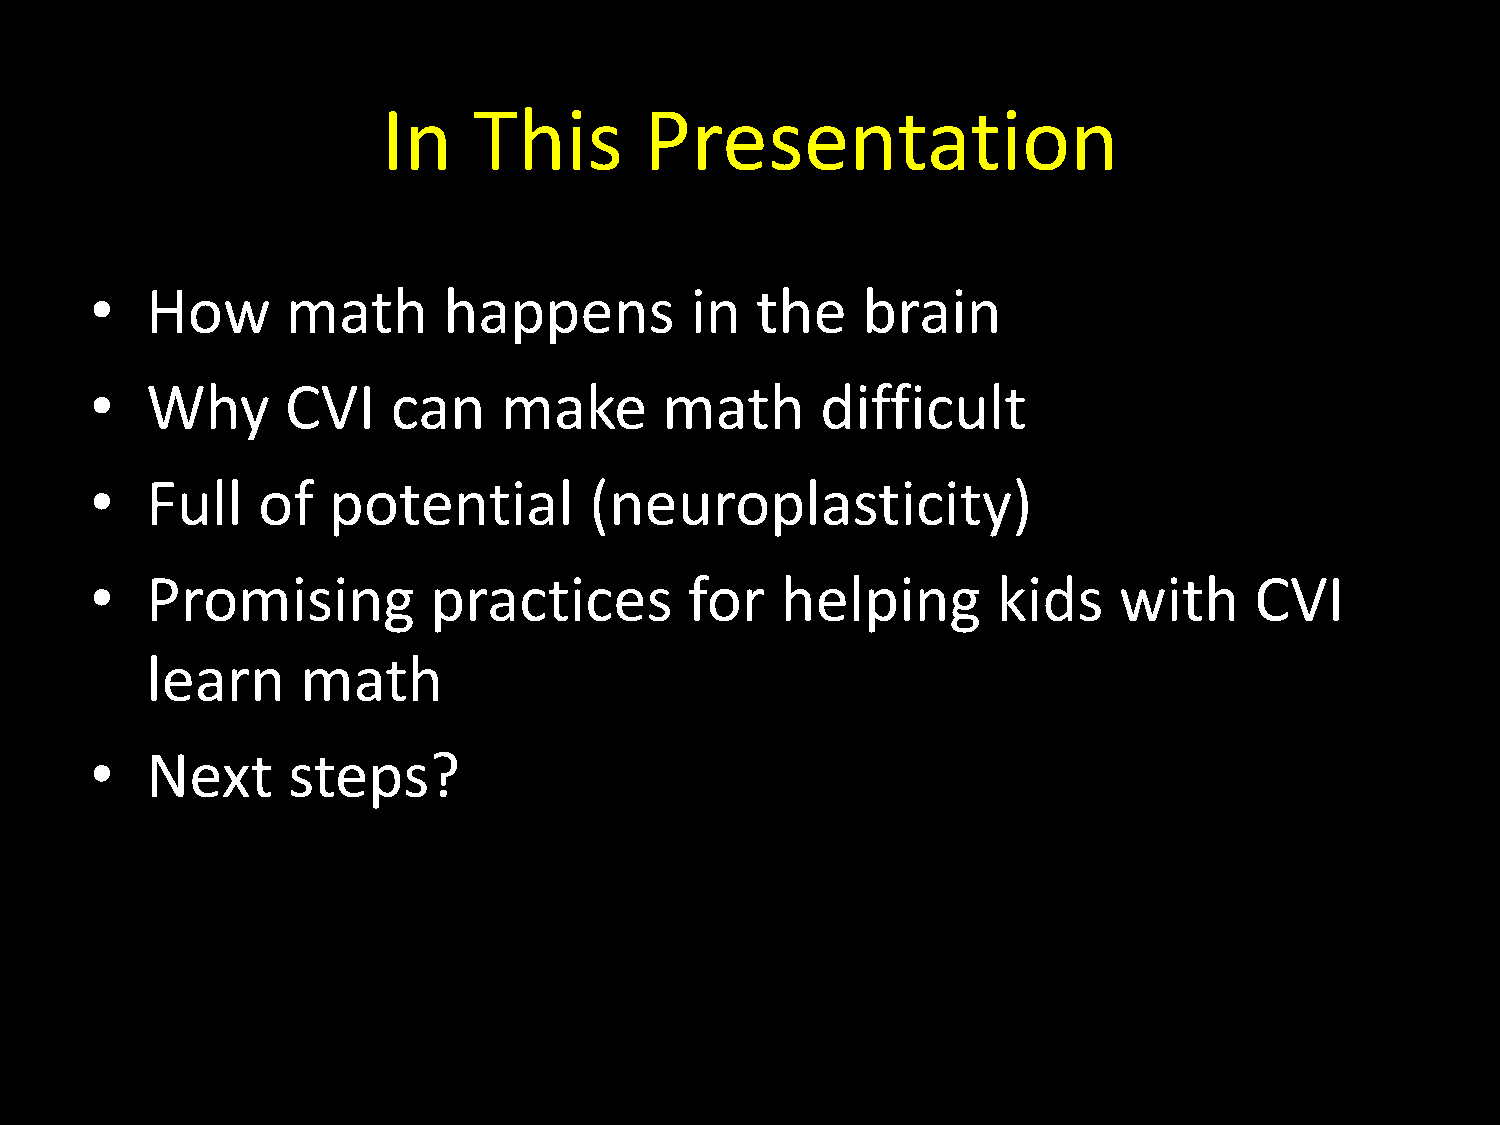
In    This        Presentation
 How      math      happens          in  the    brain
 •
 Why      CVI    can    make       math      difficult
 •
 Full   of   potential        (neuroplasticity)
 •
 Promising         practices         for   helping       kids    with     CVI
 •
 learn     math
 Next     steps?
 •